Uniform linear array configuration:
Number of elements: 16
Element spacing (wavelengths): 0.75
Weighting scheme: hann
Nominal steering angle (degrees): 15
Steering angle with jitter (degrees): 15.594
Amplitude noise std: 0.05
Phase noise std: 0.05

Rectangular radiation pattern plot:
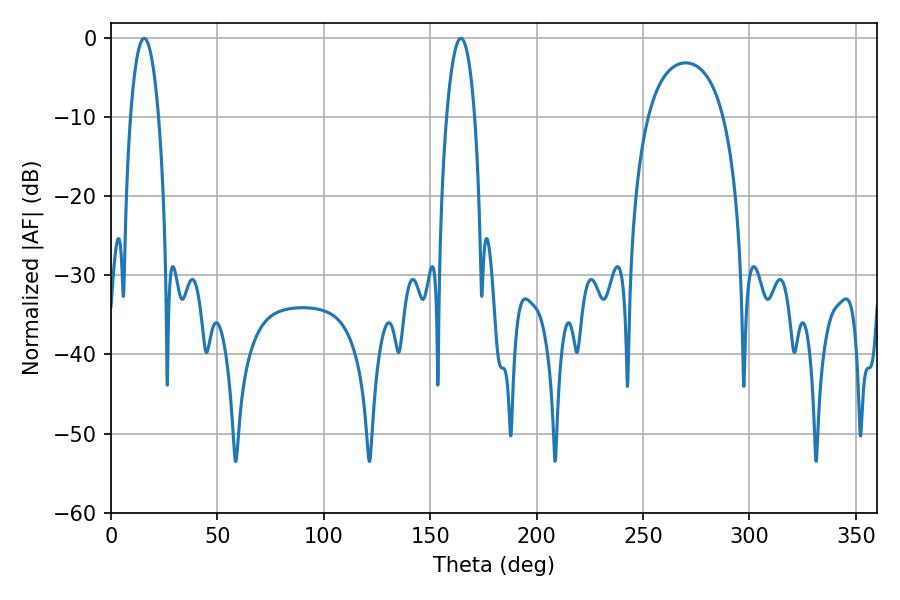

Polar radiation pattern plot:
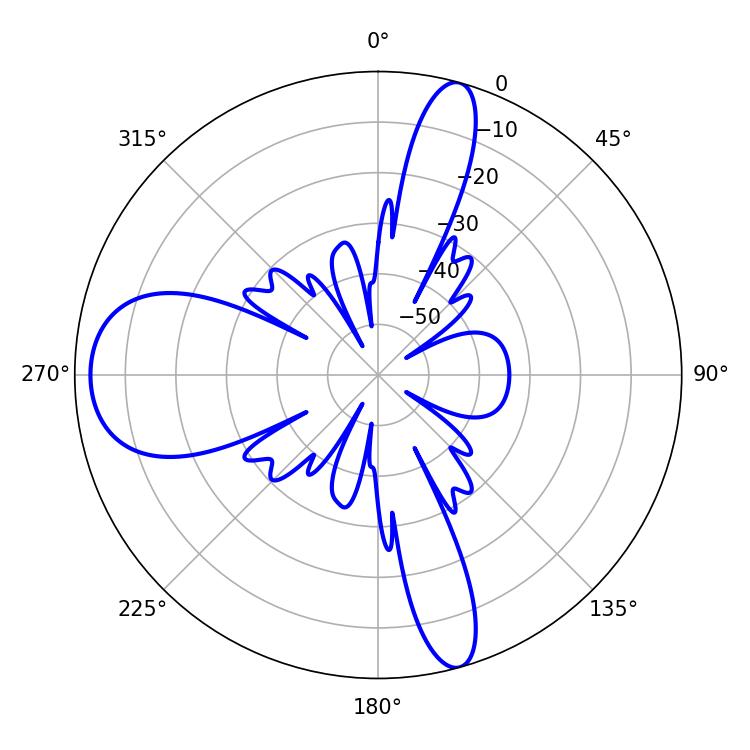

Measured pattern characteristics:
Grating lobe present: TRUE
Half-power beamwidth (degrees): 7.38
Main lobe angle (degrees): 15.66